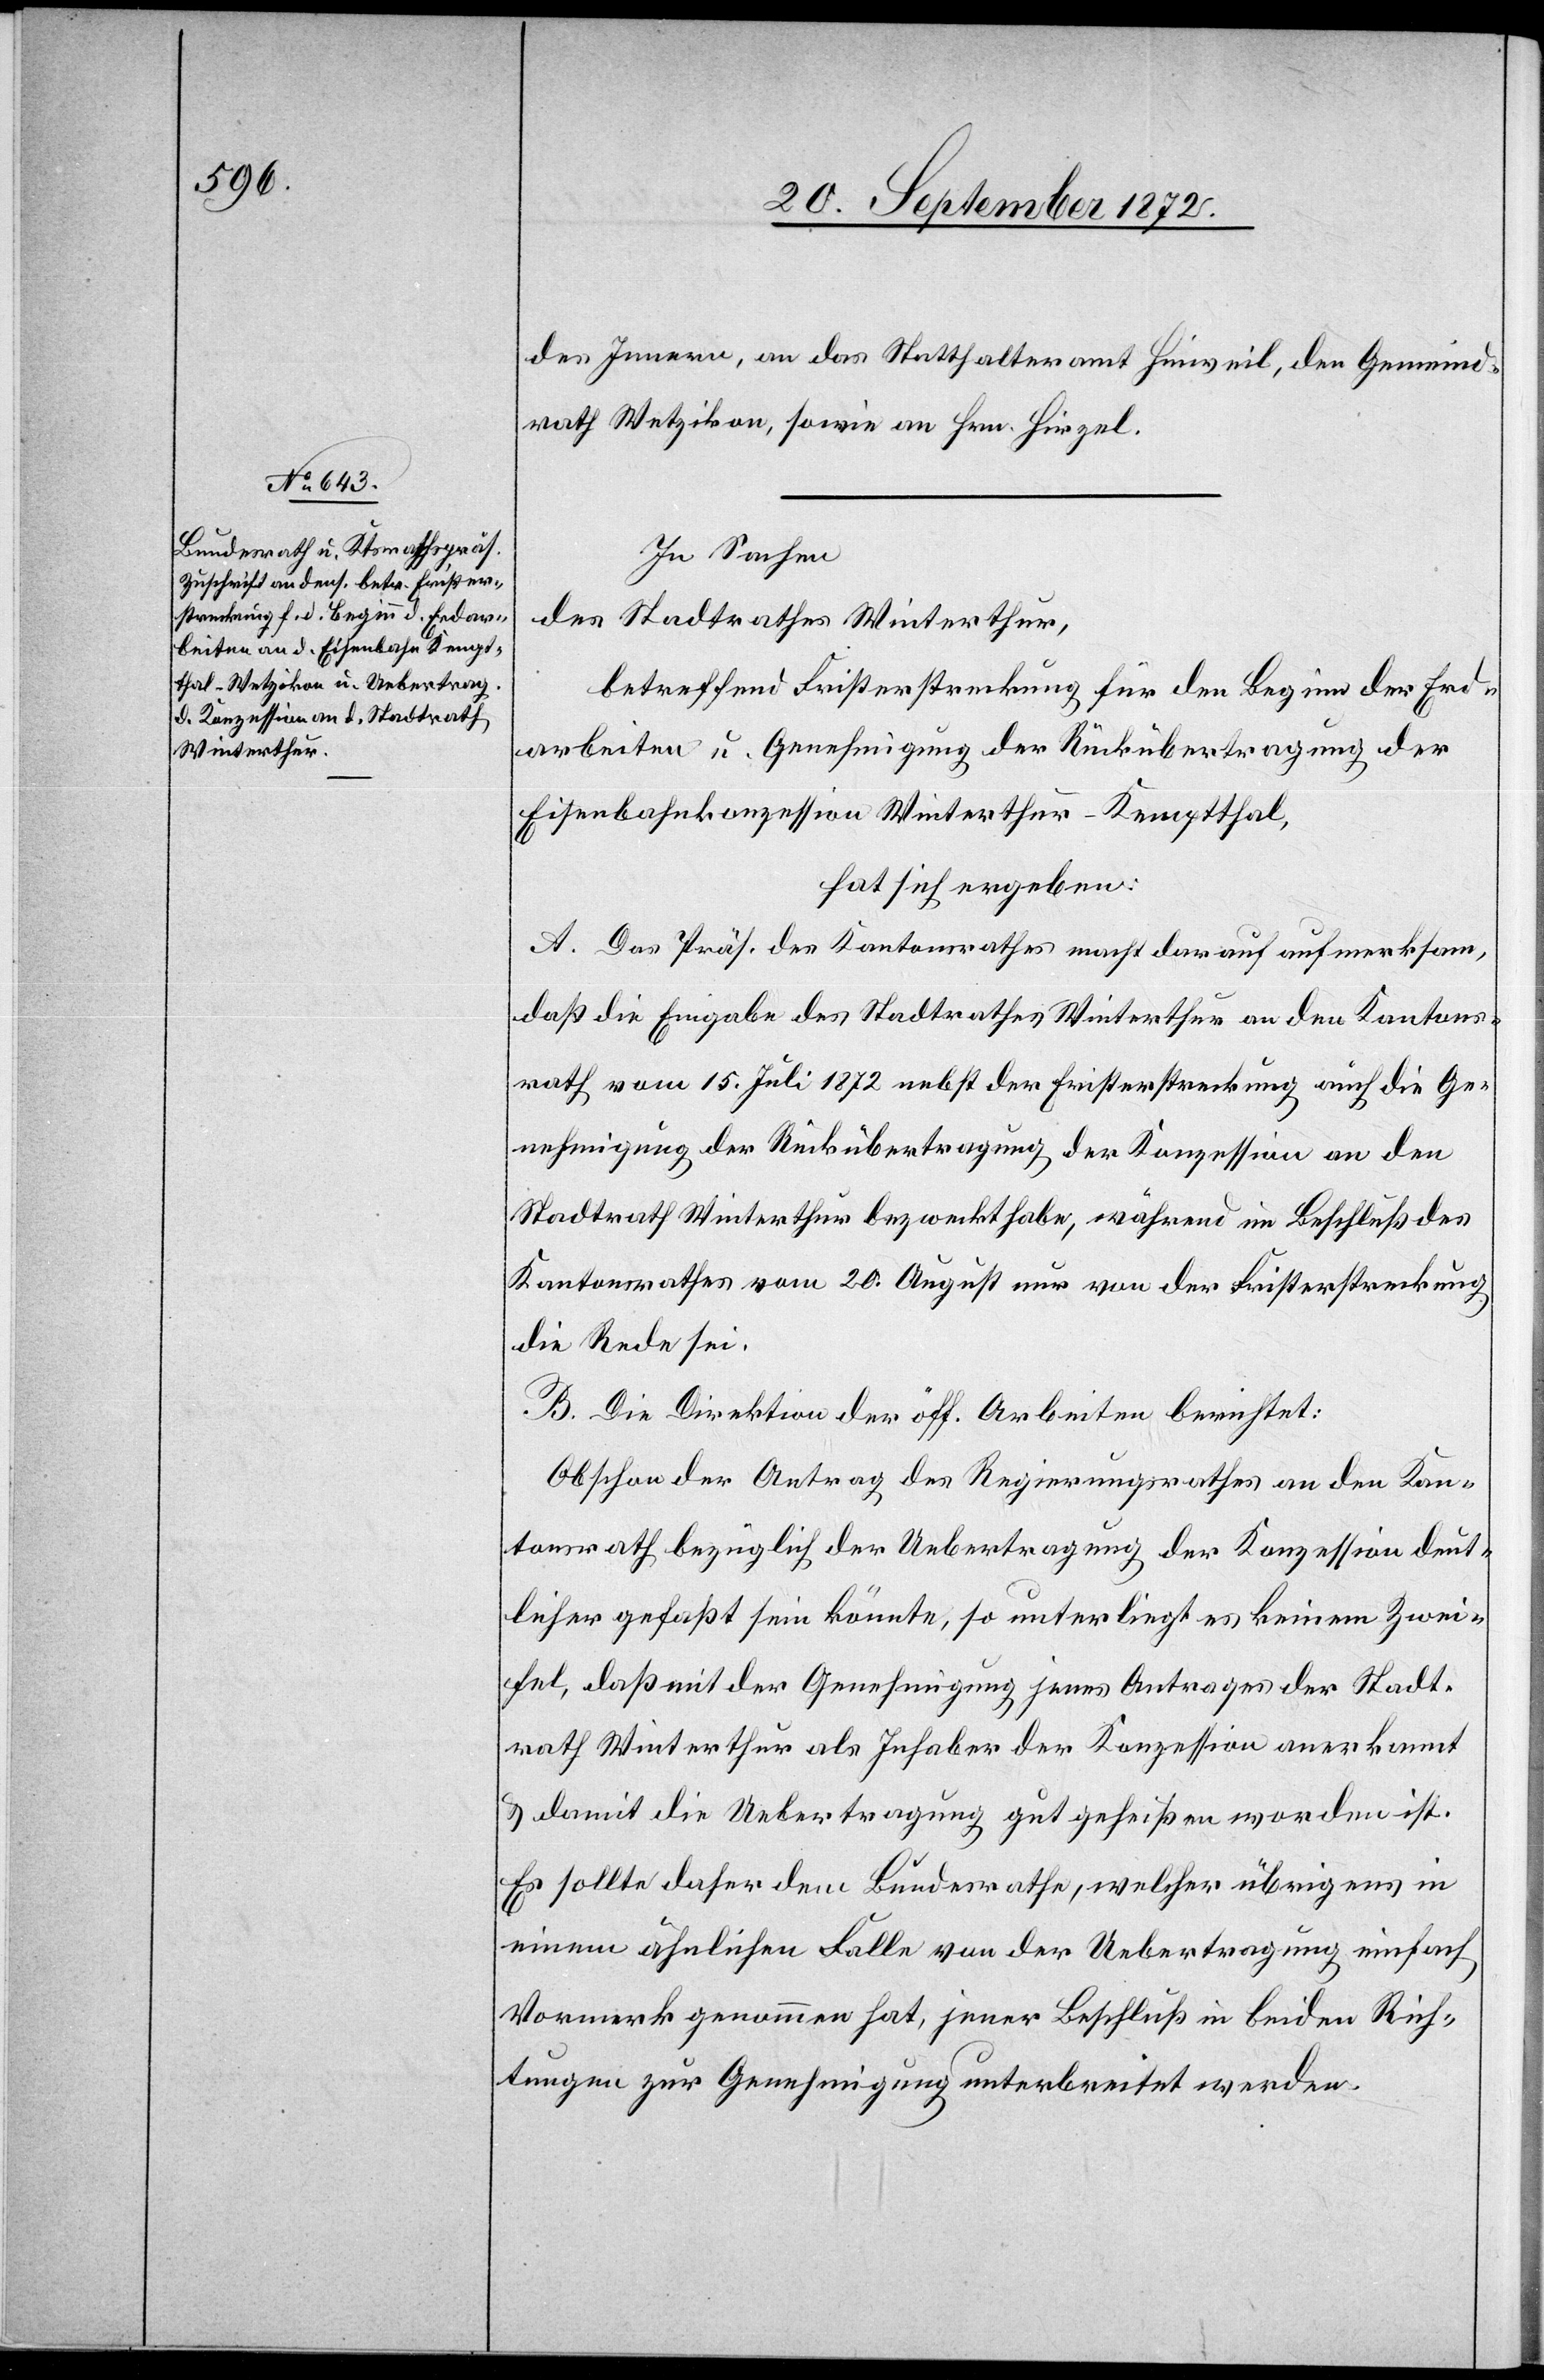
des Innern, an das Statthalteramt Hinweil, den Gemeind¬
rath Wetzikon, sowie an Hrn. Hirzel.
In Sachen
des Stadtrathes Winterthur,
betreffend Fristerstreckung für den Beginn der Erd¬
arbeiten u. Genehmigung der Rückübertragung der
Eisenbahnkonzession Winterthur–Kemptthal,
hat sich ergeben:
A. Das Präs. des Kantonsrathes macht darauf aufmerksam,
daß die Eingabe des Stadtrathes Winterthur an den Kantons¬
rath vom 15. Juli 1872 nebst der Fristerstreckung auch die Ge¬
nehmigung der Rückübertragung der Konzession an den
Stadtrath Winterthur bezweckt habe, während im Beschluß des
Kantonsrathes vom 20. August nur von der Fristerstreckung
die Rede sei.
B. Die Direktion der öff. Arbeiten berichtet:
Obschon der Antrag des Regierungsrathes an den Kan¬
tonsrath bezüglich des Regierungsrathes an den Kantonsrath
deutlicher gefaßt sein könnte, so unterliegt es keinem Zwei¬
fel, daß mit der Genehmigung jenes Antrages der Stadt¬
rath Winterthur als Inhaber der Konzession anerkannt
u. damit die Uebertragung gutgeheißen worden ist.
Es sollte daher dem Bundesrathe, welcher übrigens in
einem ähnlichen Falle von der Uebertragung einfach
Vormerk genommen hat, jener Beschluß in beiden Rich¬
tungen zur Genehmigung unterbreitet werden.